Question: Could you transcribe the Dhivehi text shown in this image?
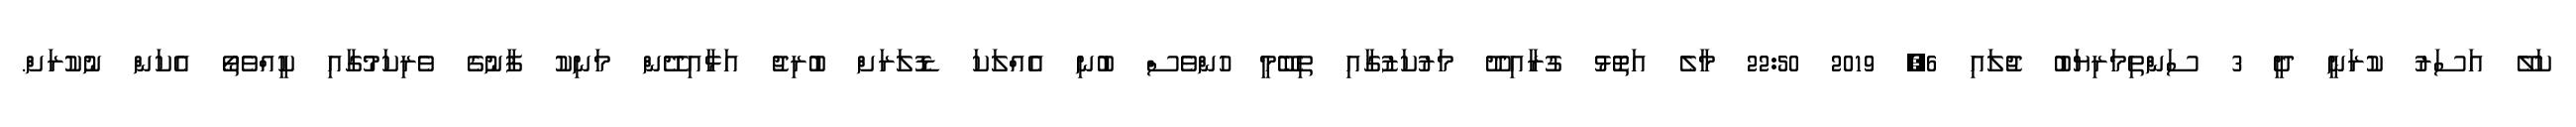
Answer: ކަލޭ އަސަރު ކުރަނީ ދީ 3 ސަންތިމަރިޔަބު ޖުލައި 6, 2019 22:50 މާލެ އަތޮޅު ގުރާއިދޫ މަރުކަޒުގާއި ތިބޭމީ ހުންވެސް ބުނި އެއްލަކަ ޑޮލަރަށް ބުރިޖު އަޅާއިދޭން މަނިކު ފާނުގެ ވެރިކަމުގާއި ކީއްވެތޯ އެކަން ނުކުރަށް.